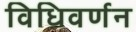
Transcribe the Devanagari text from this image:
विधिवर्णन